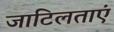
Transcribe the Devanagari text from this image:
जाटिलताएं